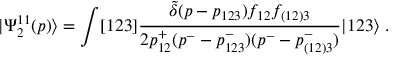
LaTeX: | \Psi _ { 2 } ^ { 1 1 } ( p ) \rangle = \int [ 1 2 3 ] \frac { \tilde { \delta } ( p - p _ { 1 2 3 } ) f _ { 1 2 } f _ { ( 1 2 ) 3 } } { 2 p _ { 1 2 } ^ { + } ( p ^ { - } - p _ { 1 2 3 } ^ { - } ) ( p ^ { - } - p _ { ( 1 2 ) 3 } ^ { - } ) } | 1 2 3 \rangle \; .